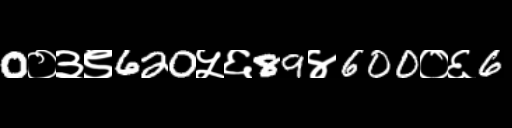
Text: 0०३९620५६89४600०६6